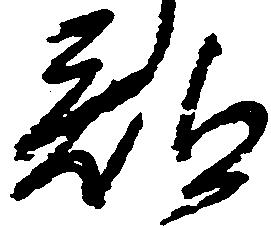
部